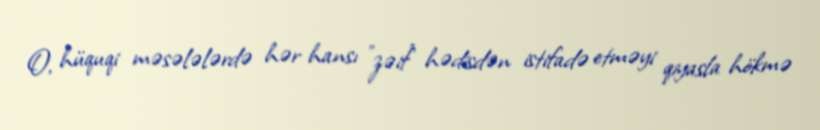
O, hüquqi məsələlərdə hər hansı "zəif" hədisdən istifadə etməyi qiyasla hökmə